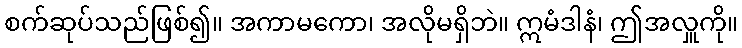
စက်ဆုပ်သည်ဖြစ်၍။ အကာမကော၊ အလိုမရှိဘဲ။ ဣမံဒါနံ၊ ဤအလှူကို။